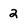
Character: 2